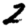
Digit: 2